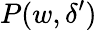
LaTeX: P(w,\delta^{\prime})